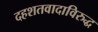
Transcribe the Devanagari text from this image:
दहशतवादाविरुद्ध